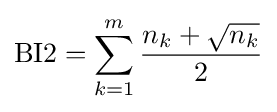
{\mbox{BI2}}=\sum _{k=1}^{m}{\frac {n_{k}+{\sqrt {n_{k}}}}{2}}